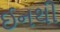
ઈનથી